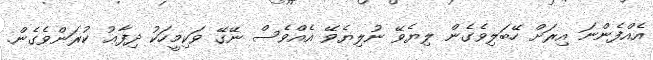
އެއްފެންނަ އިރަށް ހޭބަލިވެގެން ލިޔެވޭ ނުލިޔެވޭ އެއްވެސް ނޭގޭ ވަކިމީހަކު ދިފާޢު ކުރަންވެގެން.